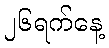
၂၆ရက်နေ့